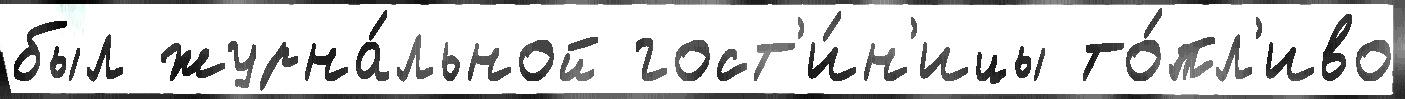
был журна́льной гост'и́н'ицы то́пл'иво